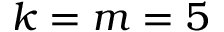
k = m = 5